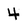
Character: 4